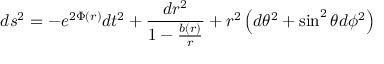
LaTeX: d s ^ { 2 } = - e ^ { 2 \Phi ( r ) } d t ^ { 2 } + \frac { d r ^ { 2 } } { 1 - \frac { b ( r ) } { r } } + r ^ { 2 } \left( d \theta ^ { 2 } + \sin ^ { 2 } \theta d \phi ^ { 2 } \right)